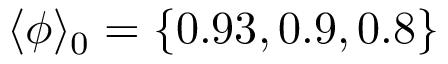
\langle \phi \rangle _ { 0 } = \{ 0 . 9 3 , 0 . 9 , 0 . 8 \}